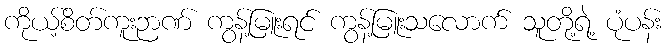
ကိုယ့်စိတ်ကူးဉာဏ် ကွန့်မြူးရင် ကွန့်မြူးသလောက် သူတို့ရဲ့ ပုံပန်း